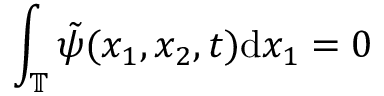
\int _ { \mathbb { T } } \tilde { \psi } ( x _ { 1 } , x _ { 2 } , t ) \mathrm { d } x _ { 1 } = 0